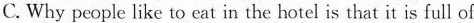
C. Why people like to eat in the hotel is that it is full of